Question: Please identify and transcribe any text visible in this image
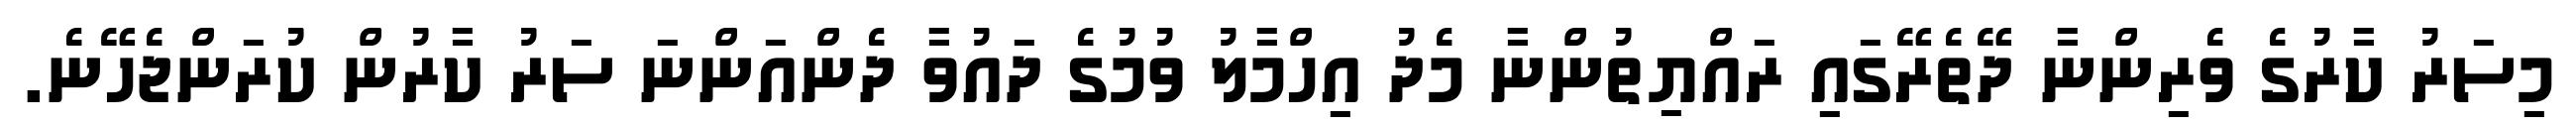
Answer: މިސަރު ކާރުގެ ވެރިންނާ ދޭތެރޭގައި ރައްޔިތުންނާ މެދު އިހްމާލު ވުމުގެ ދައުވާ ދެންއަންނަ ސަރު ކާރުން ކުރަންޖެހޭނެ.